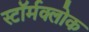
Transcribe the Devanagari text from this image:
स्टॉर्मक्लोक